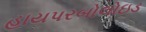
હાયપરબોલોઇડ